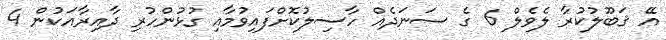
އޭ ޤަބޫލުކުރާ ލެވެލް 6 ގެ ސަނަދެއް ހާސިލުކޮށްފައިވުމާއި ގުޅުންހުރި ދާއިރާއަކުން 4